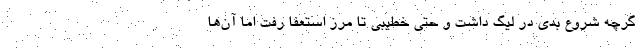
گرچه شروع بدی در لیگ داشت و حتی خطیبی تا مرز استعفا رفت اما آن‌ها